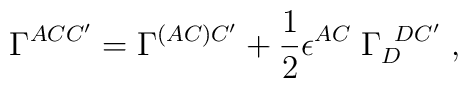
\Gamma^{ACC'}=\Gamma^{(AC)C'}+{1\over 2}\epsilon^{AC}\; \Gamma_{D}^{\; \; DC'} \; ,